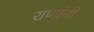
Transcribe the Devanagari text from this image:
राणांनी